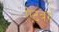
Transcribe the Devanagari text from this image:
ऐटबर्ग